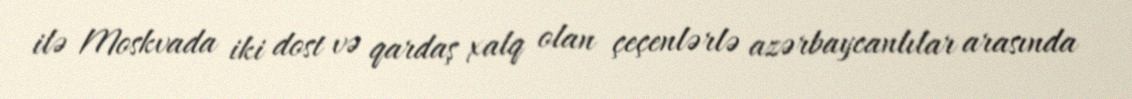
ilə Moskvada iki dost və qardaş xalq olan çeçenlərlə azərbaycanlılar arasında